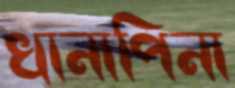
খানাপিনা